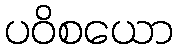
ပဝိစယော